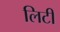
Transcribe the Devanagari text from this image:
लिटी